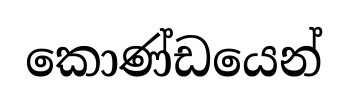
කොණ්ඩයෙන්